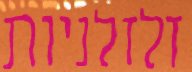
זלזלניות